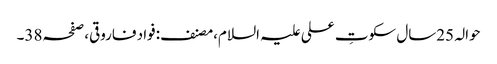
حوالہ 25سال سکوتِ علی علیہ السلام،مصنف:فواد فاروقی،صفحہ38۔